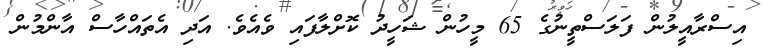
އިސްރާއީލުން ފަލަސްތީނުގެ 65 މީހުން ޝަހީދު ކޮށްލާފައި ވެއެވެ. އަދި އެތައްހާސް އާންމުން